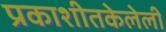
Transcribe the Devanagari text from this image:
प्रकाशीतकेलेली